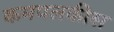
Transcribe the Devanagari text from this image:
कमपलकीस